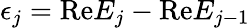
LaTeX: \epsilon_{j}=\mathrm{Re}E_{j}-\mathrm{Re}E_{j-1}